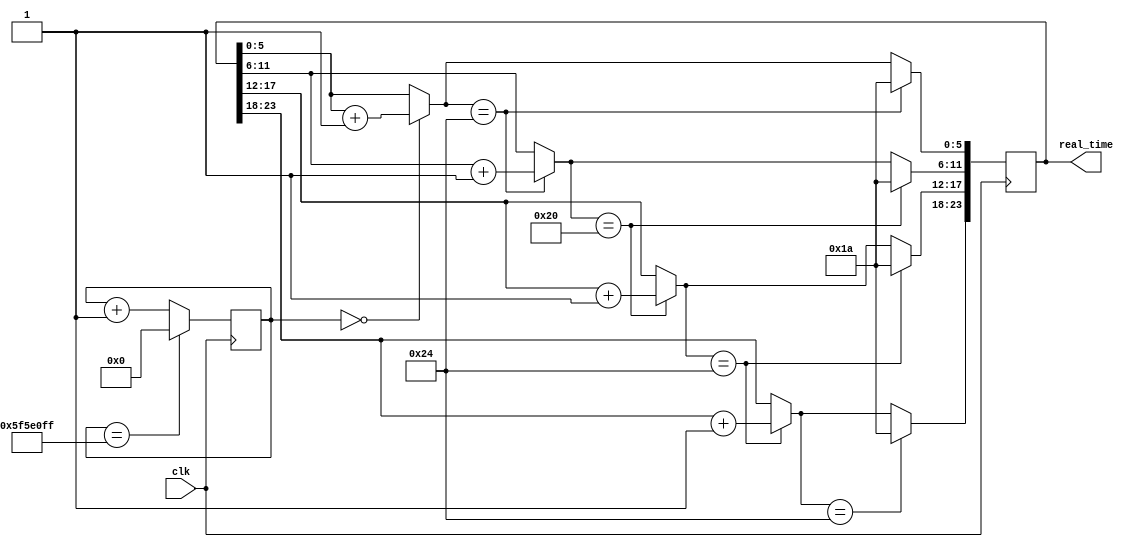
module Real_Clock(
     input clk,
     output reg [23:0] real_time = 23'b011010011010011010011010
     );
     
     reg [26:0] count;
      
     initial begin
     count = 0;
     end
     
     always @ (posedge clk)
     begin
        count <= (count == 99999999) ? 0 : count + 1;
        if (count == 0)
            begin
            real_time[5:0] = real_time[5:0] + 1;
            end
        if (real_time[5:0] == 6'b100100)
            begin
            real_time[5:0] = 6'b011010;
            real_time[11:6] = real_time[11:6] + 1;
            end
        if (real_time[11:6] == 6'b100000)
            begin
            real_time[11:6] =  6'b011010;
            real_time[17:12] = real_time[17:12] + 1;
            end
        if (real_time[17:12] == 6'b100100)
            begin
            real_time[17:12] =  6'b011010;
            real_time[23:18] = real_time[23:18] + 1;
            end
        if (real_time[23:18] == 6'b100100)
            begin
           real_time[23:18] =  6'b011010;
           end    
     end
endmodule